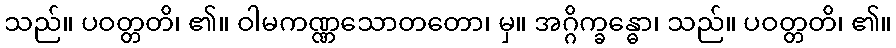
သည်။ ပဝတ္တတိ၊ ၏။ ဝါမကဏ္ဏသောတတော၊ မှ။ အဂ္ဂိက္ခန္ဓော၊ သည်။ ပဝတ္တတိ၊ ၏။